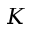
K